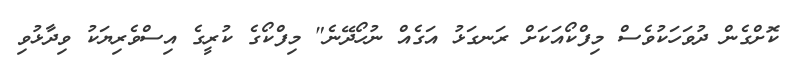
ކޮށްގެން ދުވަހަކުވެސް މިފްކޯއަކަށް ރަނގަޅު އަގެއް ނުހޯދޭނެ" މިފްކޯގެ ކުރީގެ އިސްވެރިޔަކު ވިދާޅުވި